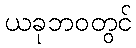
ယခုဘဝတွင်